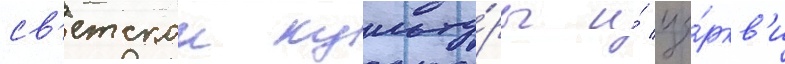
св'етскои культу́ры и́ це́ркв'и